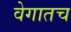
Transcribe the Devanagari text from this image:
वेगातच